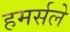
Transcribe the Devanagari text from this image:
हमर्सले